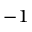
^ { - 1 }